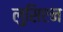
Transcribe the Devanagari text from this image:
लुसिएन